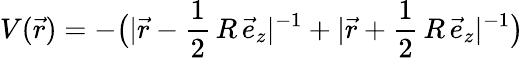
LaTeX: V(\vec{r})=-\big(|\vec{r}-\frac{1}{2}\, R\, \vec{e}_{z}|^{-1}+|\vec{r}+\frac{1}{2}\, R\, \vec{e}_{z}|^{-1}\big)